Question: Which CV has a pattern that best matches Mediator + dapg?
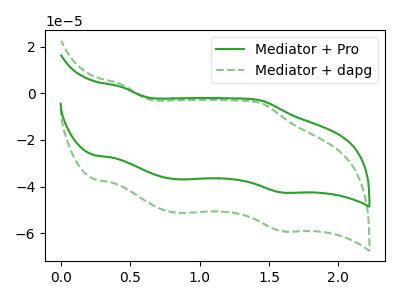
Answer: <think>The green curve "Mediator + Pro" has anodic peaks at (0.45V, 2.75uA) (1.45V, -3.15uA) and cathodic peaks at (0.85V, -36.85uA) (1.60V, -42.45uA). The green dashed curve "Mediator + dapg" has anodic peaks at (0.45V, 3.80uA) (1.45V, -4.40uA) and cathodic peaks at (0.85V, -51.25uA) (1.60V, -59.05uA).
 All the peaks in "Mediator + Pro" have a peak in "Mediator + dapg" at the same potential.</think>
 <answer>The CV with the most similar shape to "Mediator + Pro" is "Mediator + dapg".</answer>
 <eval>"Mediator + dapg"</eval>